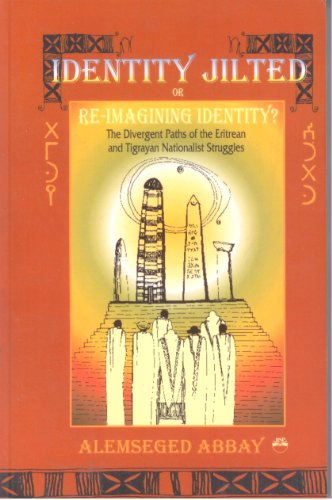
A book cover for Identity Jilted or Re-Imagining Identity?: The Divergent Paths of the Eritrean and Tigrayan Nationalist Struggles; Alemseged Abbay; History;